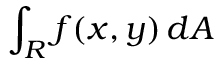
\int _ { R } f ( x , y ) \, d A